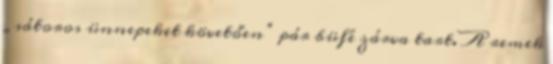
„sátoros ünnepeket követően” pár büfé zárva tart. A remek